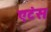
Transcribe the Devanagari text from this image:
एटंस